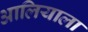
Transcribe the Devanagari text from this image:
आलियाला